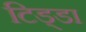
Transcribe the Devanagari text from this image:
टिड्डा